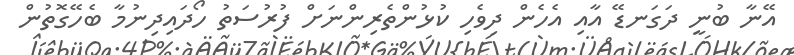
އޭނާ ބުނީ ދަގަނޑޭ އާއި އެހެން ދިވެހި ކުޅުންތެރިންނަށް ފުރުސަތު ހޯދައިދިނުމާ ބެހޭގޮތުން